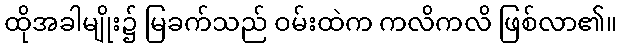
ထိုအခါမျိုး၌ မြခက်သည် ဝမ်းထဲက ကလိကလိ ဖြစ်လာ၏။